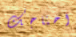
احتاجك